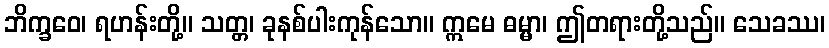
ဘိက္ခဝေ၊ ရဟန်းတို့။ သတ္တ၊ ခုနစ်ပါးကုန်သော။ ဣမေ ဓမ္မာ၊ ဤတရားတို့သည်။ သေခဿ၊